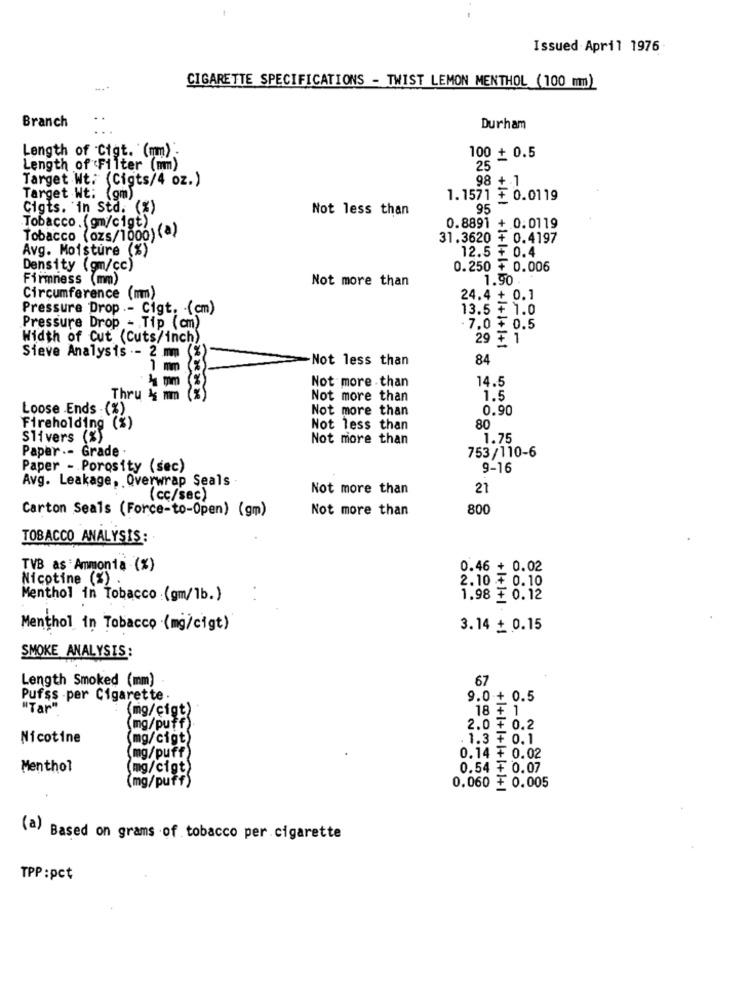
Issued April 1976
CIGARETTE SPECIFICATIONS - TWIST LEMON MENTHOL (100 mm)
Branch
Durham
Length of Cigt. (mm) .
100 + 0.5
Length of Filter (mm)
25
Target Wt: (Cigts/4 oz.)
98 +1
Target Wt: (gm)
1.1571 + 0.0119
Cigts. in Std. (%)
Not less than
95
Tobacco . (gm/cigt)
0.8891 + 0.0119
Tobacco (ozs/1000) (a)
31.3620 + 0.4197
Avg. Moisture (%)
12.5 ₮ 0.4
Density (gm/cc)
0.250 ₮ 0.006
Firmness (mm)
Not more than
1.90
Circumference (mm)
24.4 + 0.1
Pressure Drop .- Cigt. - (cm)
13.5 + 1.0
Pressure Drop - Tip (cm)
7.0 + 0.5
Width of Cut (Cuts/inch)
29 + 1
Sieve Analysis .- 2 mm (%
Not less than
84
1 mm %
Not more than
14.5
Thru 26 mm
Not more than
1.5
Loose Ends - (%)
Not more than
0.90
Fireholding (%)
Not less than
80
Slivers (%)
Not more than
1.75
Paper .- Grade .
753/110-6
Paper - Porosity (sec)
9-16
Avg. Leakage, Overwrap Seals
Not more than
21
(cc/sec)
Carton Seals (Force-to-Open) (gm)
Not more than
800
TOBACCO ANALYSIS:
TVB as Ammonia (%)
0.46 + 0.02
Nicotine (%) .
2.10 + 0.10
Menthol in Tobacco :(gm/1b.)
1.98 ₮ 0.12
Menthol in Tobacco (mg/cigt)
3.14 + 0.15
SMOKE ANALYSIS:
Length Smoked (mm)
67
Pufss -per Cigarette
9.0 + 0.5
"Tar"
(mg/cigt)
18 + 1
(mg/puff)
2.0 ₮ 0.2
Nicotine
(mg/cigt)
. 1.3 + 0.1
(mg/puff)
0.14 + 0.02
Menthol
mg/cigt)
0.54 + 0.07
(mg/puff)
0.060 ₮ 0.005
(a) Based on grams of tobacco per cigarette
TPP :pct